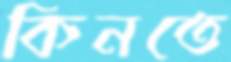
কিনতে